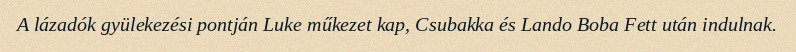
A lázadók gyülekezési pontján Luke műkezet kap, Csubakka és Lando Boba Fett után indulnak.